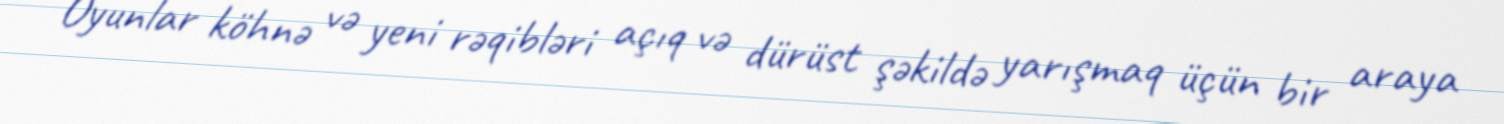
Oyunlar köhnə və yeni rəqibləri açıq və dürüst şəkildə yarışmaq üçün bir araya